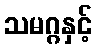
သမဂ္ဂနှင့်